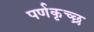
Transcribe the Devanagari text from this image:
पर्णकृच्छ्र